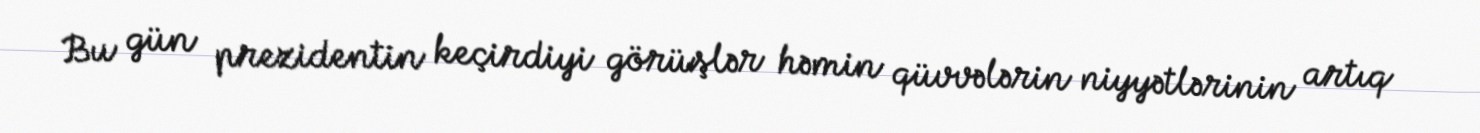
Bu gün prezidentin keçirdiyi görüşlər həmin qüvvələrin niyyətlərinin artıq